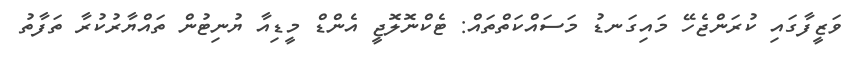
ވަޒީފާގައި ކުރަންޖެހޭ މައިގަނޑު މަސައްކަތްތައް: ޓެކްނޮލޮޖީ އެންޑް މީޑިއާ ޔުނިޓުން ތައްޔާރުކުރާ ތަފާތު